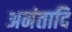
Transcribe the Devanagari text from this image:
अनंतादि